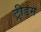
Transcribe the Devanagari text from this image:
ट्रीडम